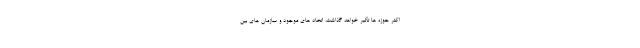
اکثر حوزه ها تأثیر خواهد گذاشت، اتحاد های موجود و سازمان های بین